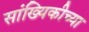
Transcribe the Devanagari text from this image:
सांख्यिकीच्या